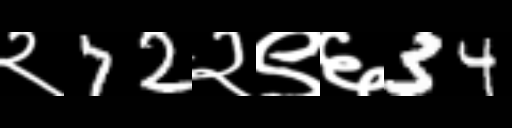
Text: २72२९६34